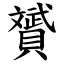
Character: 贇